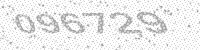
Solution: 096729